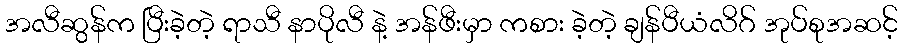
အလီဆွန်က ပြီးခဲ့တဲ့ ရာသီ နာပိုလီ နဲ့ အန်ဖီးမှာ ကစား ခဲ့တဲ့ ချန်ပီယံလိဂ် အုပ်စုအဆင့်